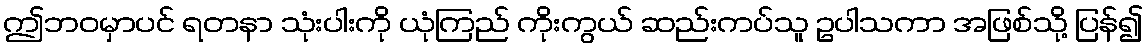
ဤဘဝမှာပင် ရတနာ သုံးပါးကို ယုံကြည် ကိုးကွယ် ဆည်းကပ်သူ ဥပါသကာ အဖြစ်သို့ ပြန်၍